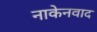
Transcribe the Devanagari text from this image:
नाकेनवाद